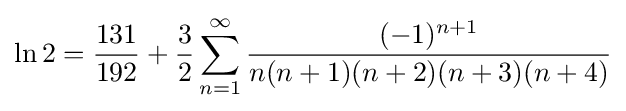
\ln 2={\frac {131}{192}}+{\frac {3}{2}}\sum _{n=1}^{\infty }{\frac {(-1)^{n+1}}{n(n+1)(n+2)(n+3)(n+4)}}